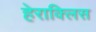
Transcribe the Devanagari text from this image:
हेराक्लिस